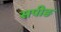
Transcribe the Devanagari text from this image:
सपीङ